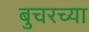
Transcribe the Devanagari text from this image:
बुचरच्या